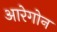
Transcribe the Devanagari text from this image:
आरेगोन